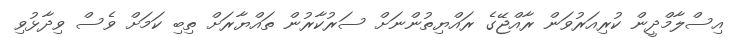
އިސްލާމްދީން ކުރިއަރުވަން ރާއްޖޭގެ ރައްޔިތުންނަށް ސަރުކާރުން ތައްޔާރަށް ތިބި ކަމަށް ވެސް ވިދާޅުވި